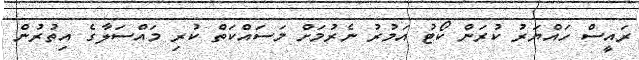
ރައީސް ހައްޔަރު ކުރަން ކޯޓު އަމުރު ނެރުމަށް މަސައްކަތް ކުރި މައްސަލާގެ އިތުރުން